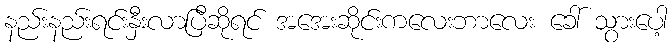
နည်းနည်းရင်းနှီးလာပြီဆိုရင် အအေးဆိုင်းကလေးဘာလေး ခေါ် သွားပေါ့